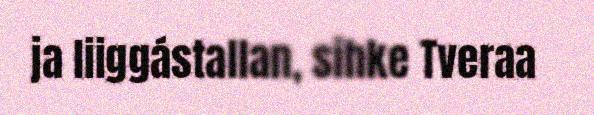
ja liiggástallan, sihke Tveraa